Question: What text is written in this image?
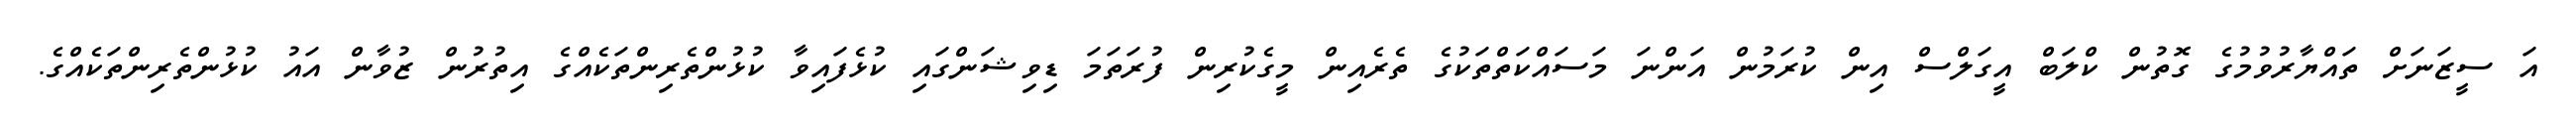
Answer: އަ ސީޒަނަށް ތައްޔާރުވުމުގެ ގޮތުން ކްލަބް އީގަލްސް އިން ކުރަމުން އަންނަ މަސައްކަތްތަކުގެ ތެރެއިން މީގެކުރިން ފުރަތަމަ ޑިވިޝަންގައި ކުޅެފައިވާ ކުޅުންތެރިންތަކެއްގެ އިތުރުން ޒުވާން އައު ކުޅުންތެރިންތަކެއްގެ.